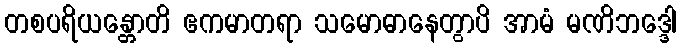
တစပရိယန္တောတိ ဧကမာတရာ သမောဓာနေတွာပိ အာမံ မဏိဘဒ္ဒေါ